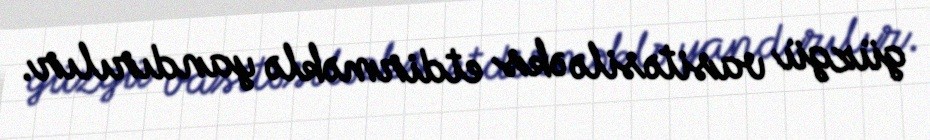
güzgü vasitəsilə əks etdirməklə yandırılır.